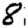
Digit: 8